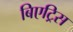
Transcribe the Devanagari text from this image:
बिएट्रिस